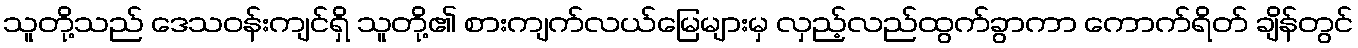
သူတို့သည် ဒေသဝန်းကျင်ရှိ သူတို့၏ စားကျက်လယ်မြေများမှ လှည့်လည်ထွက်ခွာကာ ကောက်ရိတ် ချိန်တွင်